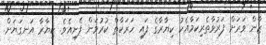
ޒާން ވަރަށް ފަރުވާތެރިކަމާއެކު ކިޔާރާގެ ފައި ހަރަކާތް ކުރުވަން ފެށިއެވެ. ކިޔާރާ އަނގަޔަށް